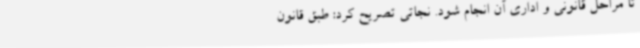
تا مراحل قانونی و اداری آن انجام شود. نجاتی تصریح کرد: طبق قانون